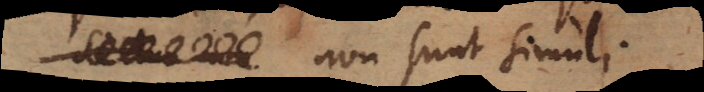
non sunt simul.